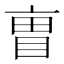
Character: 𫡼